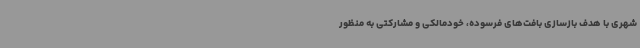
شهری با هدف بازسازی بافت‌های فرسوده، خودمالکی و مشارکتی به منظور